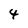
Character: 4